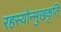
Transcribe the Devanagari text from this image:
रहस्योन्मुखकृति